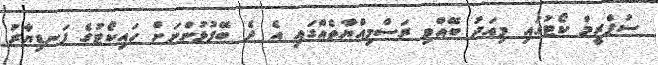
ސުޕްރީމް ކޯޓުގައި މިއަދު ބޭއްވި ރަސްމިއްޔާތެއްގައި އެ ދެ ބޭފުޅުންނަށް ހައިކޯޓުގެ ފަނޑިޔާރު